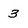
Character: 3